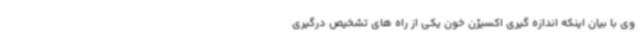
وی با بیان اینکه اندازه گیری اکسیژن خون یکی از راه های تشخیص درگیری